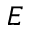
E